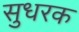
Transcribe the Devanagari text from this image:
सुधरक